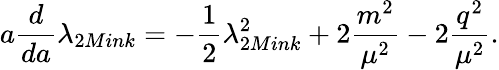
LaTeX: a\frac{d}{da}\lambda_{2Mink}=-\frac{1}{2}\lambda_{2Mink}^{2}+2\frac{m^{2}}{\mu^{2}}-2\frac{q^{2}}{\mu^{2}}.